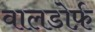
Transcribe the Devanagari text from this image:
वालडोर्फ़